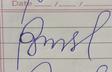
Signature authenticity: forged